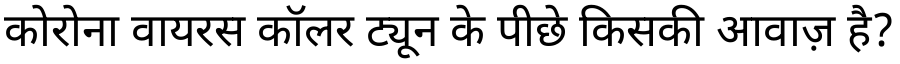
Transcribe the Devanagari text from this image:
कोरोना वायरस कॉलर ट्यून के पीछे किसकी आवाज़ है?